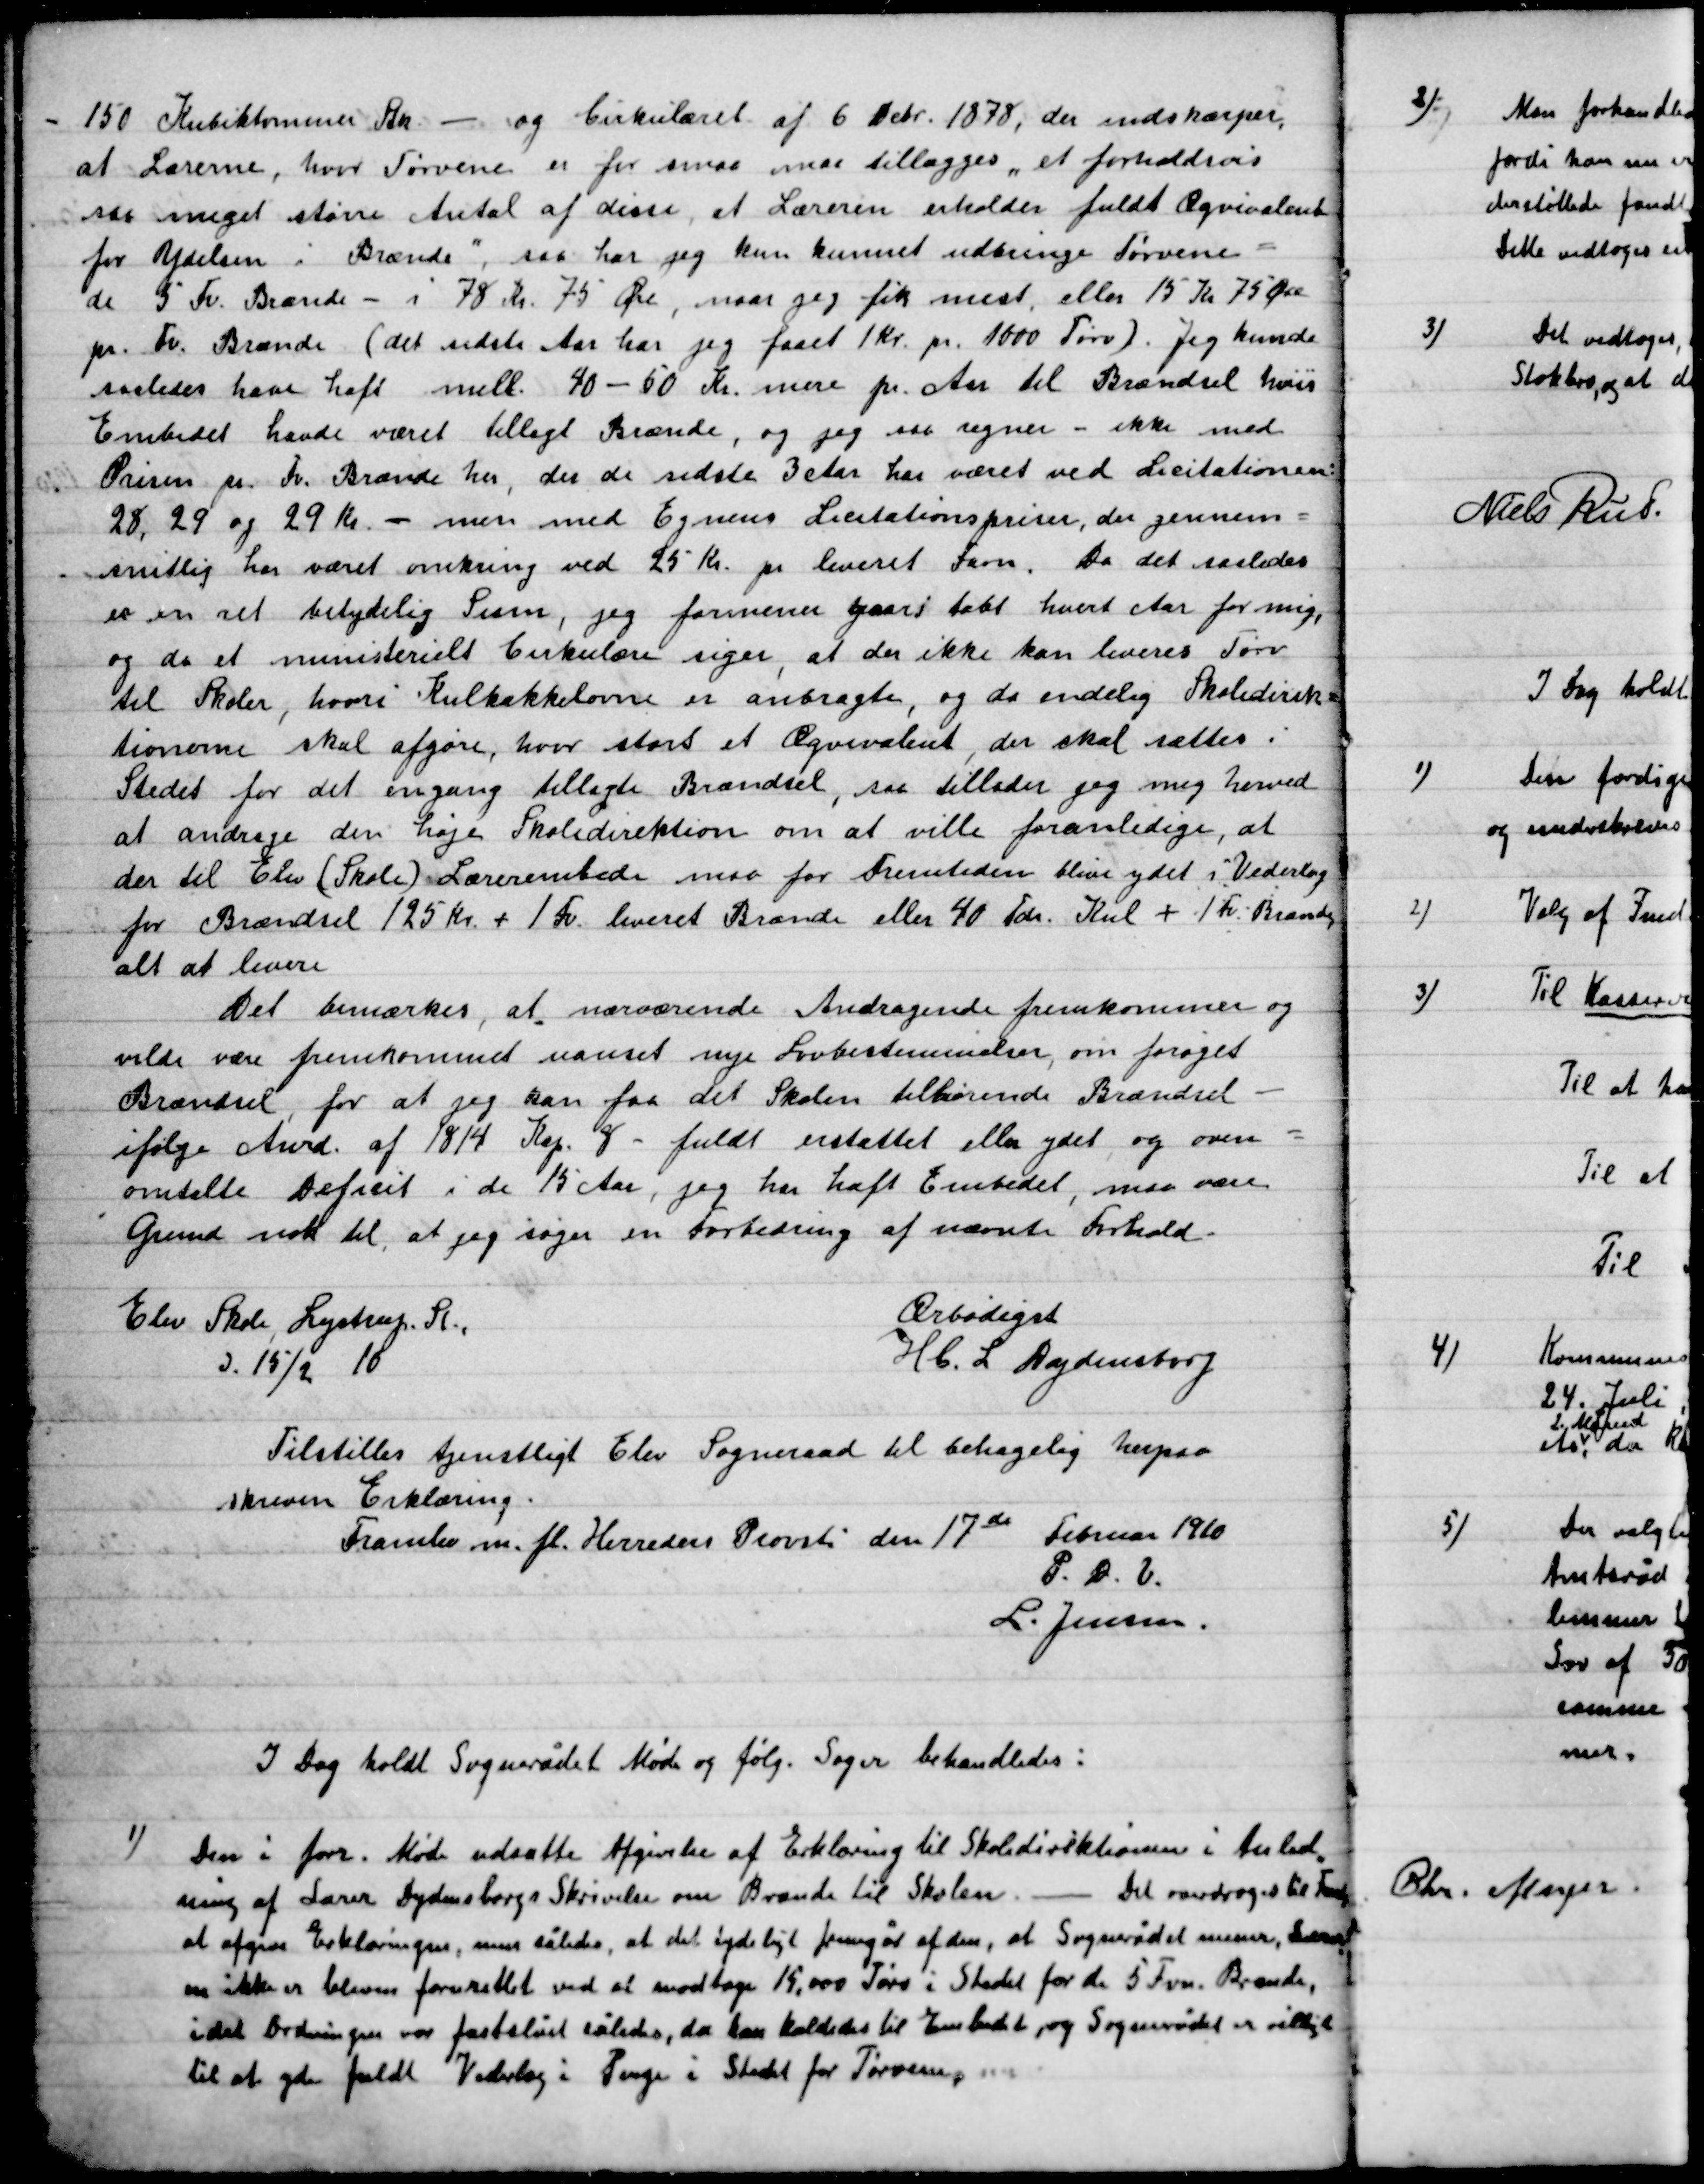
Transskription:
150 Kubiktommer Rn. – og Cirkulæret af 6 Okt. 1878, der indskærpes,
at Lærerne, hvor Tørvene er for små tillægges et forholdsvis
saa meget større Antal af disse, at Lærerne erholdes fuldt Ægvivalent
for Ydelsen i Brænde”, saa har jeg  kun kunnet udbringe tørvene –
de 5 Fv. Brænde – 78 Kr. 75 Øre, men jeg fik mest eller 15 Kr. 75 Øre
pr. Fv. Brænde (det sidste Aar har jeg fået 1 Kr. pr. 1000 Tørv ) . Jeg kunde
således have haft mell. 40 – 50 Kr. mere pr. År. til Brændsel hvis
Embedet havde været tillagt Brænde, og jeg en regner – ikke med
Prisen pr. Fv. Brænde her, der de sidste 3 eller har været ved Licitationen
28, 29 og 29 Kr. – men med Ejernes Licitationspriser, der gennem-
smitlig her været omkring ved 25 Kr. pr. leveret Favn. Da det saaledes
er en ret betydelig Sum, jeg fornemmer yest tabt hvert Aar for mig
og da et ministeriel Cirkulære siger, at der ikke kan leveres Tørv
til Skoler, hvori Kakkelovne er anbragte, og da endelig Skoledirek-
tionerne skal afgøres, hvor stort et Ægvivalent, der skal sættes i
Stedet for det engang tillagde Brændsel, saa tillader jeg mig herved
at andrage den høje Skoledirektion om at ville foranledige, at
der til Elev (Skole) Lærerembedet maa for Fremtiden blive ydet i Vederlag
for brændsel 125 Kr. + 1 Fv. Leveret Brænde eller 40 Fv. Kul + 1 Fv. Brænde
alt at levere
Det bemærkes, at nærværende Andragende fremkommer og
vilde være fremkommet uanset nye Lovbestemmelser, om forøget
Brændsel, for at jeg kan faa det Skolen tilhørende Brændsel -
Ifølge Anrd. af 1814 Kap. 8 – fuldt erstattet eller ydet og som –
omtalte Referat i de 15 aar, jeg har haft Embedet, maa være
Grund nok til, at jeg søger en Forbedring af nævnte Forhold.
Elev Skole, Lystrup St.
D. 15/2 10
Ærbødigst
Hb. L. Dydensborg

Tilstilles tjenstligt Elev Sogneråd til behagelig herpaa
Skreven Erklæring.
Framlev m. fl. Herreders Provsti den 17de Februar 1910
P.D.V.
L. Jensen

I Dag holdt Sognerådet Møde og følg. Sager behandledes:

1)

Den i for. Møde udsatte Afgørelse af Erklæring til Skoledirektionen i Anled-
ning af Lærer Dydensborgs Skrivelse om Brænde til Skolen. – Det overdroges til Fmd.
at afgive Erklæringen, men således, at det tydeligt fremgår af den, at Sognerådet mener,
en Ikke er bleven forurettet ved at modtage 15.000 Tørv i Stedet for de 5 Fvn. Brænde,
idet Ordningen var fastslået således, da han kaldes til Embedet, og Sognerådet er villigt
til at yde fuldt Vederlag i Penge i Stedet for Tørvene.